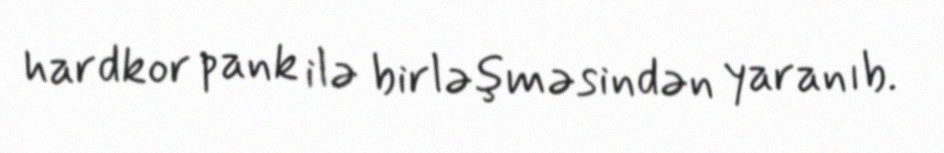
hardkor pank ilə birləşməsindən yaranıb.